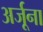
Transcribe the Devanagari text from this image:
अर्जूना